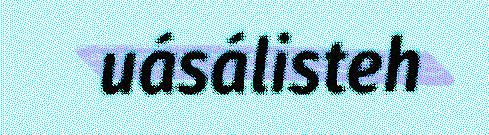
uásálisteh